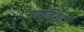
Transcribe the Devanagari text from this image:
उपनिशदों